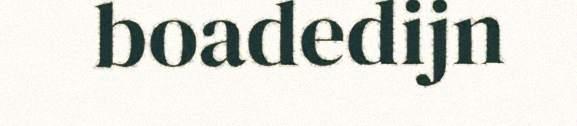
boadedijn